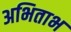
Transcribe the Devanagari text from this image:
अभिताभ